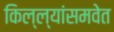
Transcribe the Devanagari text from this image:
किल्ल्यांसमवेत